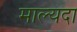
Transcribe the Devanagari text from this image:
माल्यदा